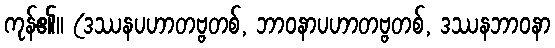
ကုန်၏။ (ဒဿနပဟာတဗ္ဗတစ်, ဘာဝနာပဟာတဗ္ဗတစ်, ဒဿနဘာဝနာ